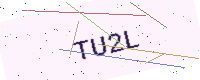
Text: TU2L